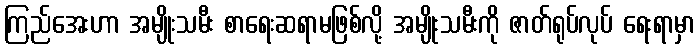
ကြည်အေးဟာ အမျိုးသမီး စာရေးဆရာမဖြစ်လို့ အမျိုးသမီးကို ဇာတ်ရုပ်လုပ် ရေးရာမှာ